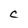
Character: C